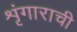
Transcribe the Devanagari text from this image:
शृंगाराची